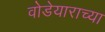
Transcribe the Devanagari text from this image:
वोडेयाराच्या